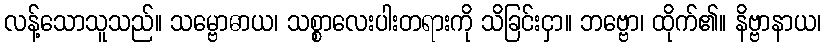
လန့်သောသူသည်။ သမ္ဗောဓာယ၊ သစ္စာလေးပါးတရားကို သိခြင်းငှာ။ ဘဗ္ဗော၊ ထိုက်၏။ နိဗ္ဗာနာယ၊